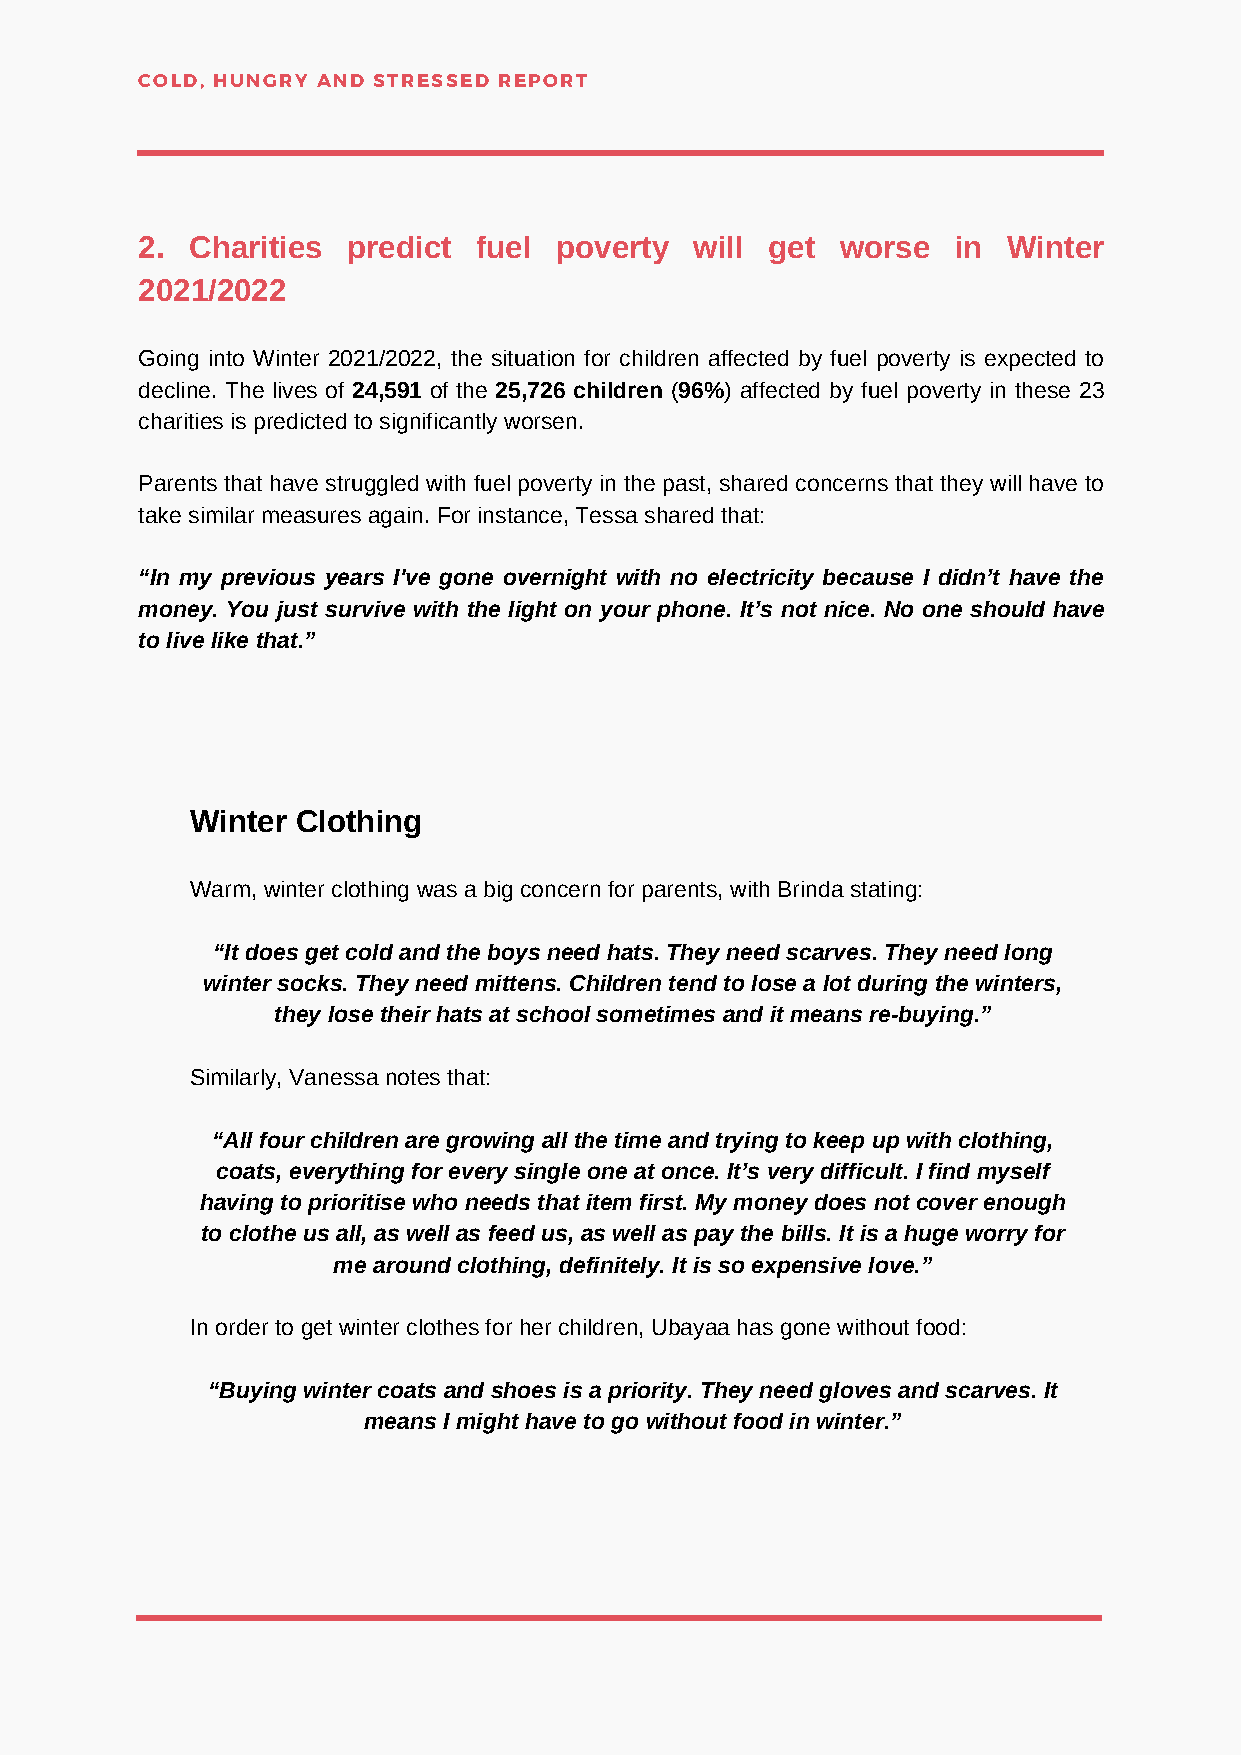
COLD, HUNGRY AND STRESSED REPORT
 2.  Charities predict  fuel poverty  will get  worse  in  Winter
 2021/2022
 Going into Winter 2021/2022, the situation for children affected by fuel poverty is expected to
 decline. The lives of 24,591 of the 25,726 children (96%) affected by fuel poverty in these 23
 charities is predicted to significantly worsen.
 Parents that have struggled with fuel poverty in the past, shared concerns that they will have to
 take similar measures again. For instance, Tessa shared that:
 “In my previous years I've gone overnight with no electricity because I didn’t have the
 money. You just survive with the light on your phone. It’s not nice. No one should have
 to live like that.”
 Winter Clothing
 Warm, winter clothing was a big concern for parents, with Brinda stating:
 “It does get cold and the boys need hats. They need scarves. They need long
 winter socks. They need mittens. Children tend to lose a lot during the winters,
 they lose their hats at school sometimes and it means re-buying.”
 Similarly, Vanessa notes that:
 “All four children are growing all the time and trying to keep up with clothing,
 coats, everything for every single one at once. It’s very difficult. I find myself
 having to prioritise who needs that item first. My money does not cover enough
 to clothe us all, as well as feed us, as well as pay the bills. It is a huge worry for
 me around clothing, definitely. It is so expensive love.”
 In order to get winter clothes for her children, Ubayaa has gone without food:
 “Buying winter coats and shoes is a priority. They need gloves and scarves. It
 means I might have to go without food in winter.”